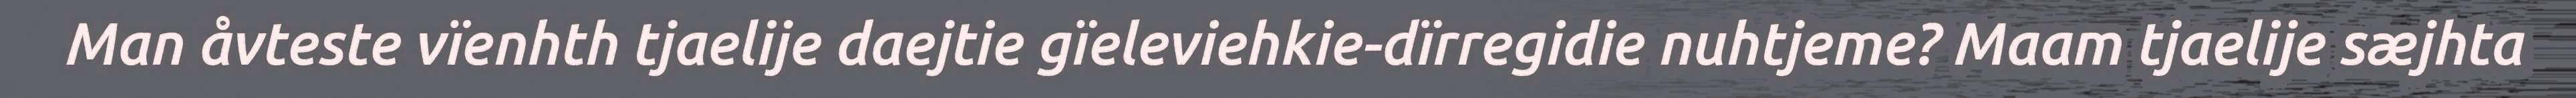
Man åvteste vïenhth tjaelije daejtie gïeleviehkie-dïrregidie nuhtjeme? Maam tjaelije sæjhta